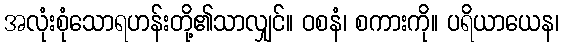
အလုံးစုံသောရဟန်းတို့၏သာလျှင်။ ဝစနံ၊ စကားကို။ ပရိယာယေန၊